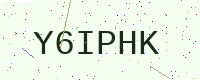
Text: Y6IPHK